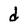
Character: d